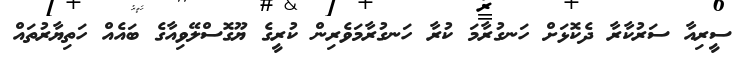
ސީރިއާ ސަރުކާރާ ދެކޮޅަށް ހަނގުރާމަ ކުރާ ހަނގުރާމަވެރިން ކުރީގެ ޔޫގޮސްލޭވިއާގެ ބައެއް ހަތިޔާރުތައް